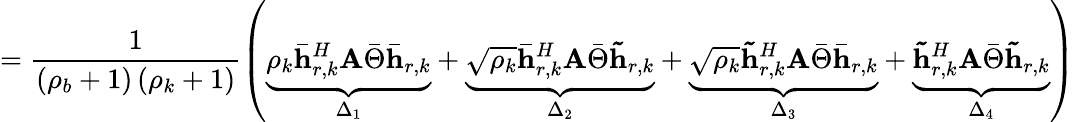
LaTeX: =\frac{1}{\left(\rho_{b}+1\right)\left(\rho_{k}+1\right)}\left(\underset{\Delta_{1}}{\underbrace{\rho_{k}\mathbf{\bar{h}}_{r,k}^{H}\mathbf{A}\bar{\Theta}\mathbf{\bar{h}}_{r,k}}}+\underset{\Delta_{2}}{\underbrace{\sqrt{\rho_{k}}\mathbf{\bar{h}}_{r,k}^{H}\mathbf{A}\bar{\Theta}\mathbf{\tilde{h}}_{r,k}}}+\underset{\Delta_{3}}{\underbrace{\sqrt{\rho_{k}}\mathbf{\tilde{h}}_{r,k}^{H}\mathbf{A}\bar{\Theta}\mathbf{\bar{h}}_{r,k}}}+\underset{\Delta_{4}}{\underbrace{\mathbf{\tilde{h}}_{r,k}^{H}\mathbf{A}\bar{\Theta}\mathbf{\tilde{h}}_{r,k}}}\right)